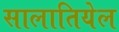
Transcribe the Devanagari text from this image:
सालातियेल